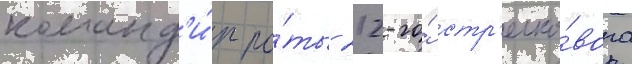
команд'и́р ро́ты 212-го́ стр'елко́вого